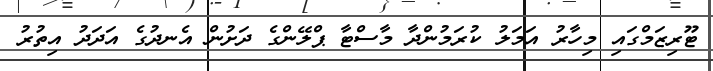
ޓޫރިޒަމްގައި މިހާރު އަމަލު ކުރަމުންދާ މާސްޓާ ޕްލޭންގެ ދަށުން އެނދުގެ އަދަދު އިތުރު